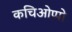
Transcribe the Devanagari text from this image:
कचिओप्पो